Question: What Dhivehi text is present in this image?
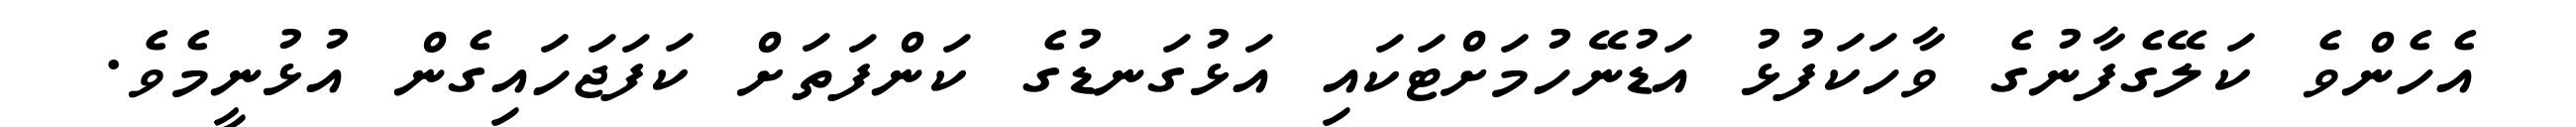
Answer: އެހެންވެ ކަލޭގެފާނުގެ ވާހަކަފުޅު އަޑުނޭހުމަށްޓަކައި އަޅުގަނޑުގެ ކަންފަތަށް ކަފަޖަހައިގެން އުޅުނީމެވެ.